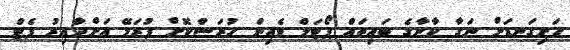
ހަށިގަނޑަށް ނަގާ ކާނާގެ ބައިތައް ޕޯޓަލް ވެއިން ހުރަސްކޮށް ފުރަމޭ އަށްދާއިރު ފެޓް